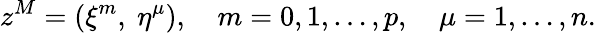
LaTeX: z^{M}=(\xi^{m},~\eta^{\mu}),\quad m=0,1,\dots,p,\quad\mu=1,\dots,n.